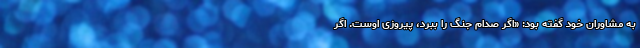
به مشاوران خود گفته بود: «اگر صدام جنگ را ببرد، پیروزی اوست. اگر